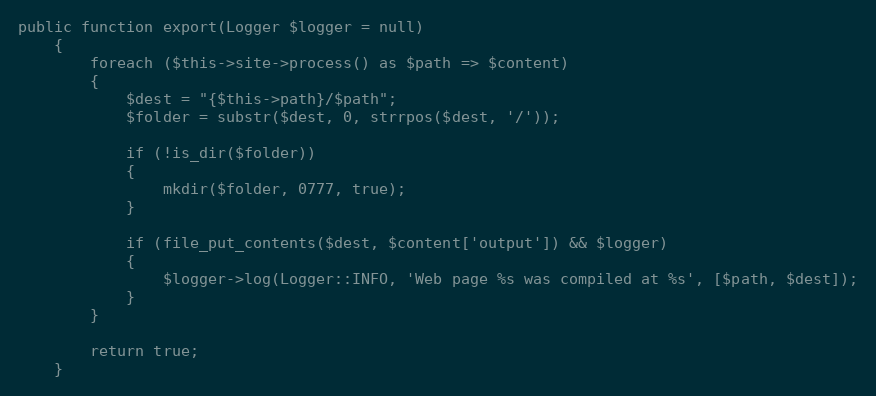
Language: PHP
public function export(Logger $logger = null)
    {
        foreach ($this->site->process() as $path => $content)
        {
            $dest = "{$this->path}/$path";
            $folder = substr($dest, 0, strrpos($dest, '/'));

            if (!is_dir($folder))
            {
                mkdir($folder, 0777, true);
            }

            if (file_put_contents($dest, $content['output']) && $logger)
            {
                $logger->log(Logger::INFO, 'Web page %s was compiled at %s', [$path, $dest]);
            }
        }

        return true;
    }